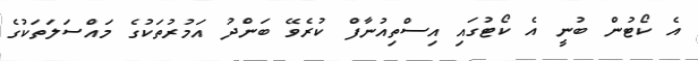
އެ ކޯޓުން ބުނީ އެ ކޯޓުގައި އިސްތިއުނާފް ކުރެވޭ ބަންދު އަމުރުތަކުގެ މައްސަލަތަކުގެ